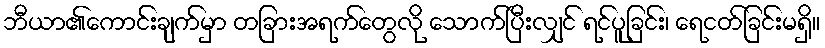
ဘီယာ၏ကောင်းချက်မှာ တခြားအရက်တွေလို သောက်ပြီးလျှင် ရင်ပူခြင်း၊ ရေငတ်ခြင်းမရှိ။